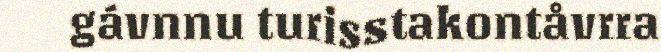
gávnnu turisstakontåvrra